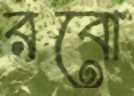
রবো